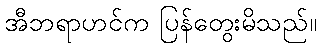
အီဘရာဟင်က ပြန်တွေးမိသည်။